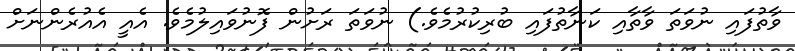
ވާތުފައި ނުވަތަ ވާތާއި ކަނާތުފައި ބުރިކުރުމެވެ.) ނުވަތަ ރަށުން ފޮނުވައިލުމެވެ. އެއީ އެއުރެންނަށް